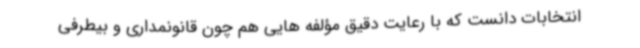
انتخابات دانست که با رعایت دقیق مؤلفه هایی هم چون قانونمداری و بیطرفی